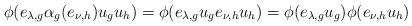
LaTeX: \begin{align*}\phi(e_{\lambda,g}\alpha_g(e_{\nu,h})u_gu_h)=\phi(e_{\lambda,g} u_ge_{\nu,h} u_h)=\phi(e_{\lambda,g} u_g)\phi(e_{\nu,h} u_h)\end{align*}